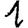
Digit: 1